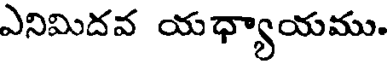
ఎనిమిదవ యధ్యాయము.